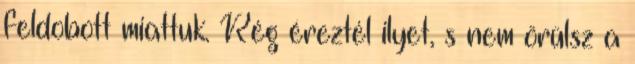
feldobott miattuk. Rég éreztél ilyet, s nem örülsz a